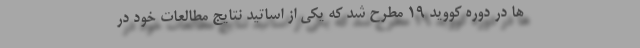
ها در دوره کووید ۱۹ مطرح شد که یکی از اساتید نتایج مطالعات خود در